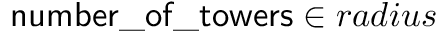
\mathsf { n u m b e r \_ o f \_ t o w e r s } \in r a d i u s